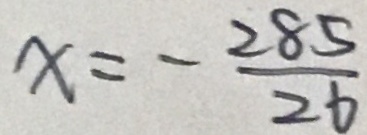
x = - \frac { 2 8 5 } { 2 6 }